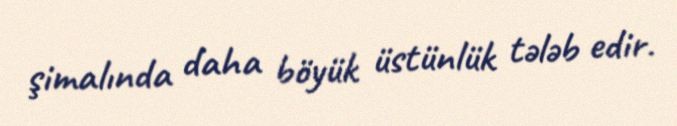
şimalında daha böyük üstünlük tələb edir.